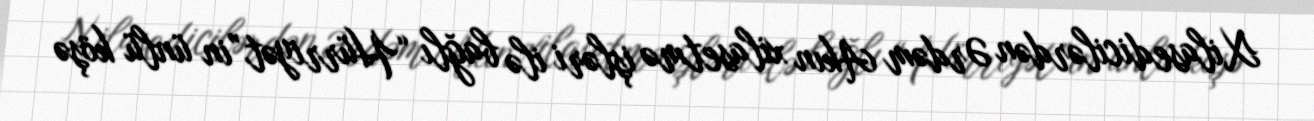
Xilasedicilərdən Ərdəm Akın xilasetmə işləri ilə bağlı “Hürriyət”in ünlü köşə